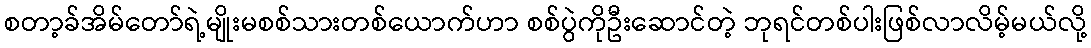
စတာ့ခ်အိမ်တော်ရဲ့မျိုးမစစ်သားတစ်ယောက်ဟာ စစ်ပွဲကိုဦးဆောင်တဲ့ ဘုရင်တစ်ပါးဖြစ်လာလိမ့်မယ်လို့